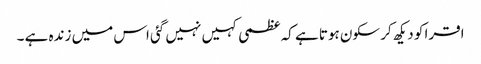
اقرا کو دیکھ کر سکون ہوتا ہے کہ عظمی کہیں نہیں گئی اس میں زندہ ہے ۔